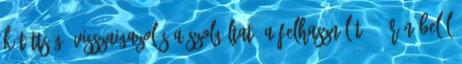
kötöttség, visszaigazolás A Szolgáltató a Felhasználót 48 órán belül